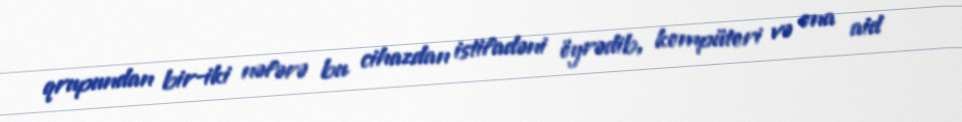
qrupundan bir-iki nəfərə bu cihazdan istifadəni öyrədib, kompüteri və ona aid